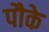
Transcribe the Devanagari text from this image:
पौके